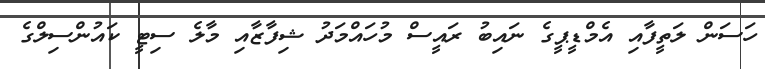
ހަސަން ލަތީފާއި އެމްޑީޕީގެ ނައިބު ރައީސް މުހައްމަދު ޝިފާޒާއި މާލެ ސިޓީ ކައުންސިލްގެ